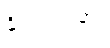
နိုင်ငံရပ်ခြား